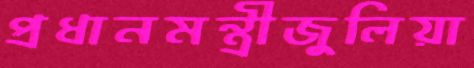
প্রধানমন্ত্রীজুলিয়া